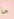
ما